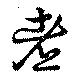
煮